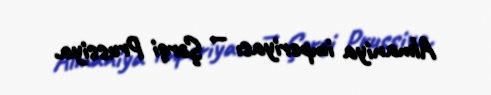
Almaniya imperiyası — Şərqi Prussiya.